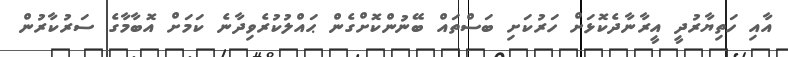
އާއި ހަތިޔާރުދީ އީރާނާދެކޮޅަށް ހަރުކަށި ބަސްތައް ބޭނުންކޮށްގެން ޙައްލުކުރެވިދާނެ ކަމަށް އޮބާމާގެ ސަރުކާރުން